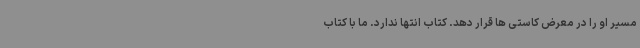
مسیر او را در معرض کاستی ها قرار دهد. کتاب انتها ندارد. ما با کتاب